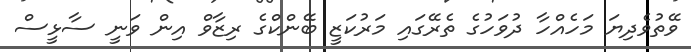
ވޭތުވެދިޔަ މަހެއްހާ ދުވަހުގެ ތެރޭގައި މަރުކަޒީ ބޭންކްގެ ރިޒާވް އިން ވަނީ ސާޅީސް